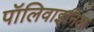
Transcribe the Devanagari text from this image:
पॉलिवाइनिल